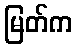
မြတ်က